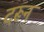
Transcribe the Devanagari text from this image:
दरून